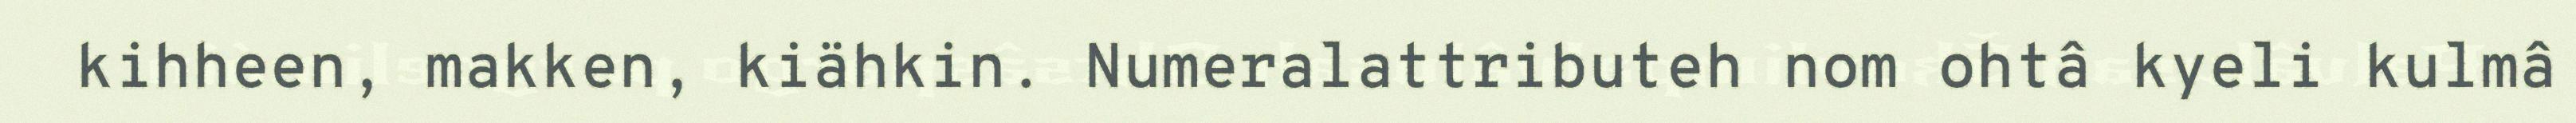
kihheen, makken, kiähkin. Numeralattributeh nom ohtâ kyeli kulmâ